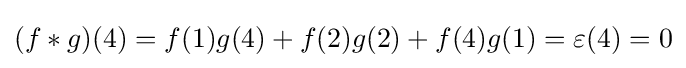
(f*g)(4)=f(1)g(4)+f(2)g(2)+f(4)g(1)=\varepsilon (4)=0